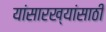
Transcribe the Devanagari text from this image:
यांसारख्यांसाठी